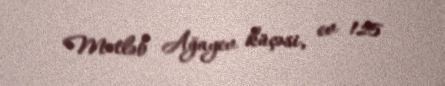
Mətləb Ağayev küçəsi, ev 125